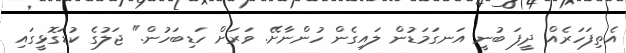
އެތިފަހަރެއް ދީފަ ބުނީ އަނގަމަޑުން ލައިގެން ހުންނާށޭ. ވަރަށް ހަޑިބަހުން." ޖަލުގެ ކުޑަގޮޅީގައި